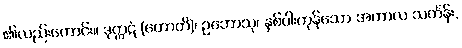
၏လည်းကောင်း။ ဒုက္ကဋံ (ဟောတိ)၊ ဥဘောသု၊ နှစ်ပါးကုန်သော အကာလ သင်္ကန်း,